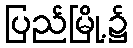
ပြည်မြို့၌